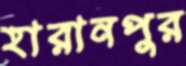
হারানপুর